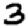
Digit: 3